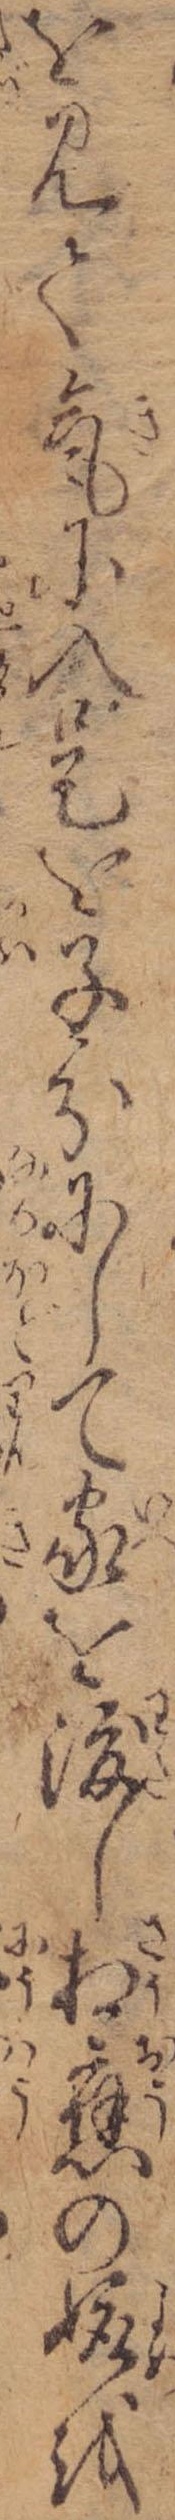
を見て気に入是を子分にして家を渡し相応の娵を